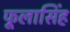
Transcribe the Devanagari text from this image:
फूलासिंह